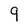
Character: 9